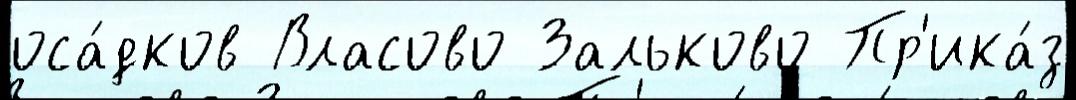
оса́дков Власово Зальково Пр'ика́з